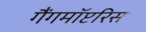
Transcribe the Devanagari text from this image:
गैंगमॉप्टरिस